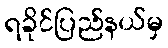
ရခိုင်ပြည်နယ်မှ